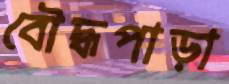
বৌদ্ধপাড়া